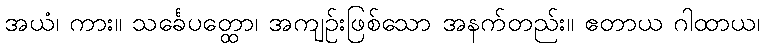
အယံ၊ ကား။ သင်္ခေပတ္ထော၊ အကျဉ်းဖြစ်သော အနက်တည်း။ ဧတာယ ဂါထာယ၊